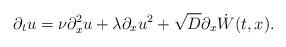
LaTeX: \begin{align*}\partial_t u = \nu \partial_x^2 u + \lambda \partial_x u^2 + \sqrt{D} \partial_x \dot{W} ( t, x ) .\end{align*}